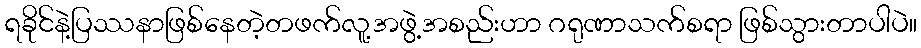
ရခိုင်နဲ့ပြဿနာဖြစ်နေတဲ့တဖက်လူ့အဖွဲ့အစည်းဟာ ဂရုဏာသက်စရာ ဖြစ်သွားတာပါပဲ။